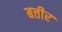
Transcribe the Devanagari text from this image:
बत्तीर